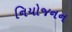
નિયોજનન